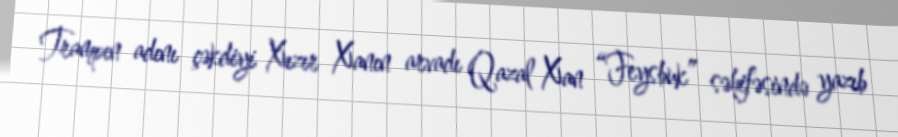
Trampın adını çəkdiyi Xızır Xanın arvadı Qazal Xan “Feysbuk” səhifəsində yazıb